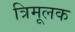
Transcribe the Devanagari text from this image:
त्रिमूलक